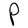
Character: P